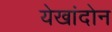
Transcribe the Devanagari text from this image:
येखांदोन